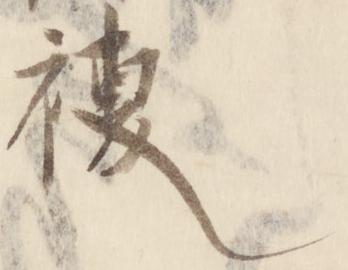
稷